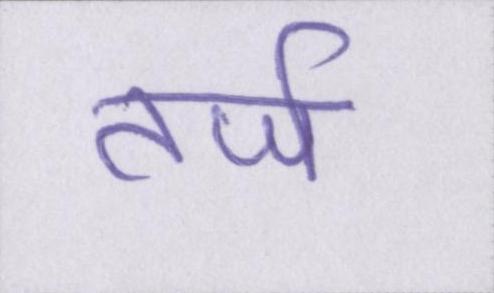
तर्ज